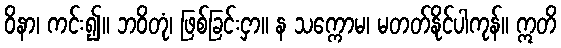
ဝိနာ၊ ကင်း၍။ ဘဝိတုံ၊ ဖြစ်ခြင်းငှာ။ န သက္ကောမ၊ မတတ်နိုင်ပါကုန်။ ဣတိ